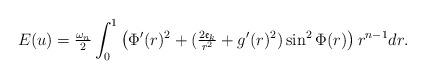
LaTeX: \begin{align*}E(u)=\tfrac{\omega_{n}}{2}\int_0^1\left(\Phi'(r)^2+(\tfrac{2\frak{e}_k}{r^2}+g'(r)^2)\sin^2\Phi(r)\right)r^{n-1}dr.\end{align*}